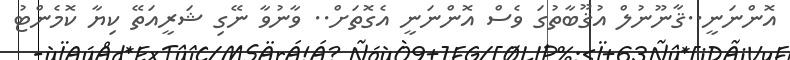
އޮންނަނީ..ޤާނޫނުލް އުޤޫބާތުގަ ވެސް އޮންނަނީ އެގޮތަށް.. ވާނުވާ ނޭގި ޝަރީއަތޭ ކިޔާ ކޮމެންޓު